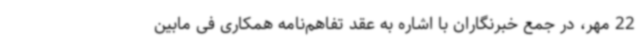
22 مهر، در جمع خبرنگاران با اشاره به عقد تفاهم‌نامه همکاری فی مابین